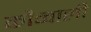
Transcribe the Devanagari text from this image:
कौव्वाली